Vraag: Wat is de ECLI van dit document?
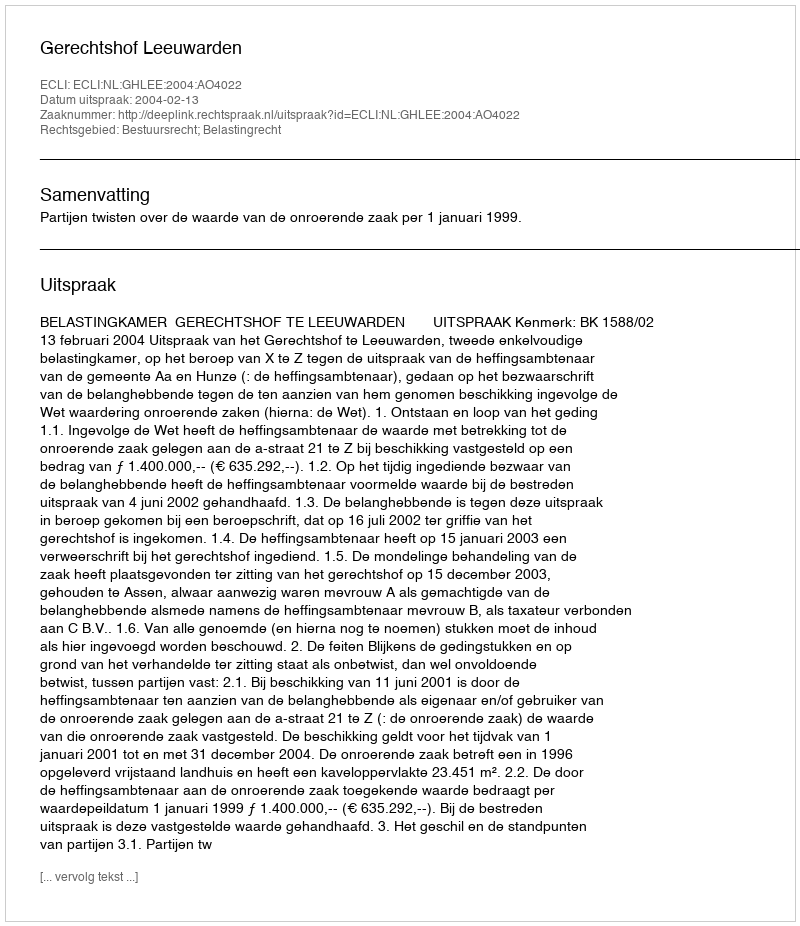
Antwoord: ECLI:NL:GHLEE:2004:AO4022